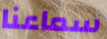
سماعنا